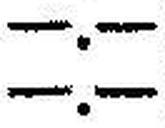
—.—